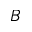
{ \cal B }